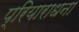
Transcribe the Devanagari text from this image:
प्रियाराधना